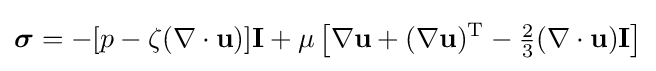
{\boldsymbol {\sigma }}=-[p-\zeta (\nabla \cdot \mathbf {u} )]\mathbf {I} +\mu \left[\nabla \mathbf {u} +(\nabla \mathbf {u} )^{\mathrm {T} }-{\tfrac {2}{3}}(\nabla \cdot \mathbf {u} )\mathbf {I} \right]